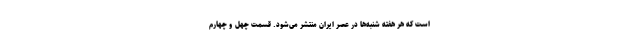
است که هر هفته شنبه‌ها در عصر ایران منتشر می‌شود. قسمت چهل و چهارم